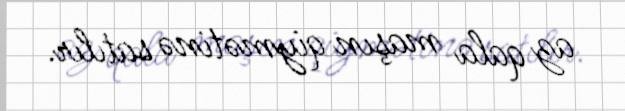
az qala maşın qiymətinə satılır.